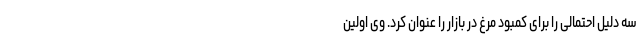
سه دلیل احتمالی را برای کمبود مرغ در بازار را عنوان کرد. وی اولین